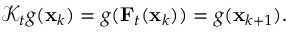
\begin{array} { r } { \mathcal { K } _ { t } g ( { \bf x } _ { k } ) = g ( { \bf F } _ { t } ( { \bf x } _ { k } ) ) = g ( { \bf x } _ { k + 1 } ) . } \end{array}